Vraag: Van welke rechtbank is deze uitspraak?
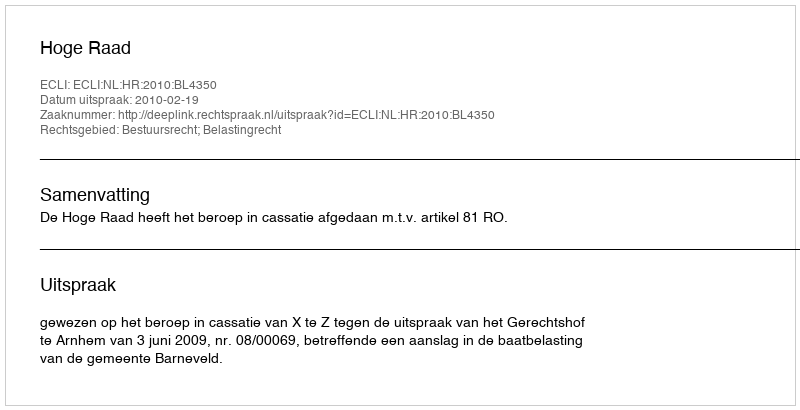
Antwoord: Hoge Raad